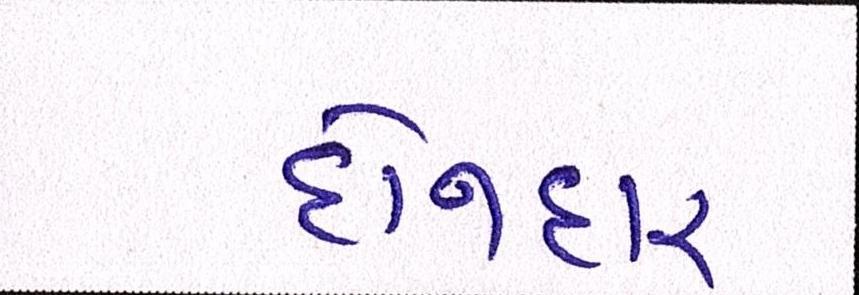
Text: દોનદાર